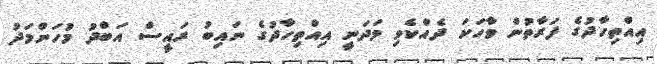
އިއްތިހާދުގެ ފަރާތުން ވާހަކަ ދެއްކެވި މަދަނީ އިއްތިހާދުގެ ނައިބު ރައީސް އަބްދު މުހަންމަދު